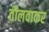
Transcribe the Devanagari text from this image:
तौलवाकर